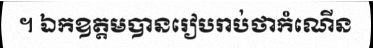
។ ឯកឧត្តមបានរៀបរាប់ថាកំណើន